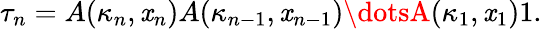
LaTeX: \tau_{n}=A(\kappa_{n},\mathit{x}_{n})A(\kappa_{n-1},\mathit{x}_{n-1})\dotsA(\kappa_{1},\mathit{x}_{1})1.